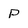
Character: P